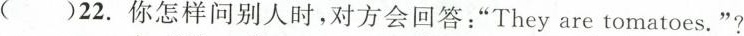
（）22.你怎样问别人时,对方会回答:“They are tomatoes.”?